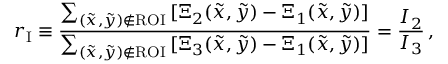
r _ { \mathrm { I } } \equiv \frac { \sum _ { ( \tilde { x } , \tilde { y } ) \notin \mathrm { R O I } } \, [ \Xi _ { 2 } ( \tilde { x } , \tilde { y } ) - \Xi _ { 1 } ( \tilde { x } , \tilde { y } ) ] } { \sum _ { ( \tilde { x } , \tilde { y } ) \notin \mathrm { R O I } } \, [ \Xi _ { 3 } ( \tilde { x } , \tilde { y } ) - \Xi _ { 1 } ( \tilde { x } , \tilde { y } ) ] } = \frac { I _ { 2 } } { I _ { 3 } } \, ,